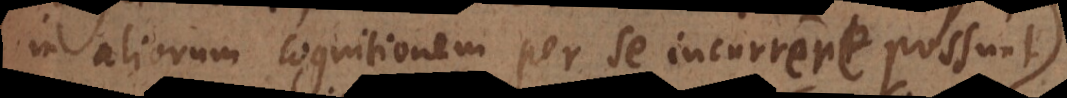
in aliorum cognitionem per se incurrere possunt,